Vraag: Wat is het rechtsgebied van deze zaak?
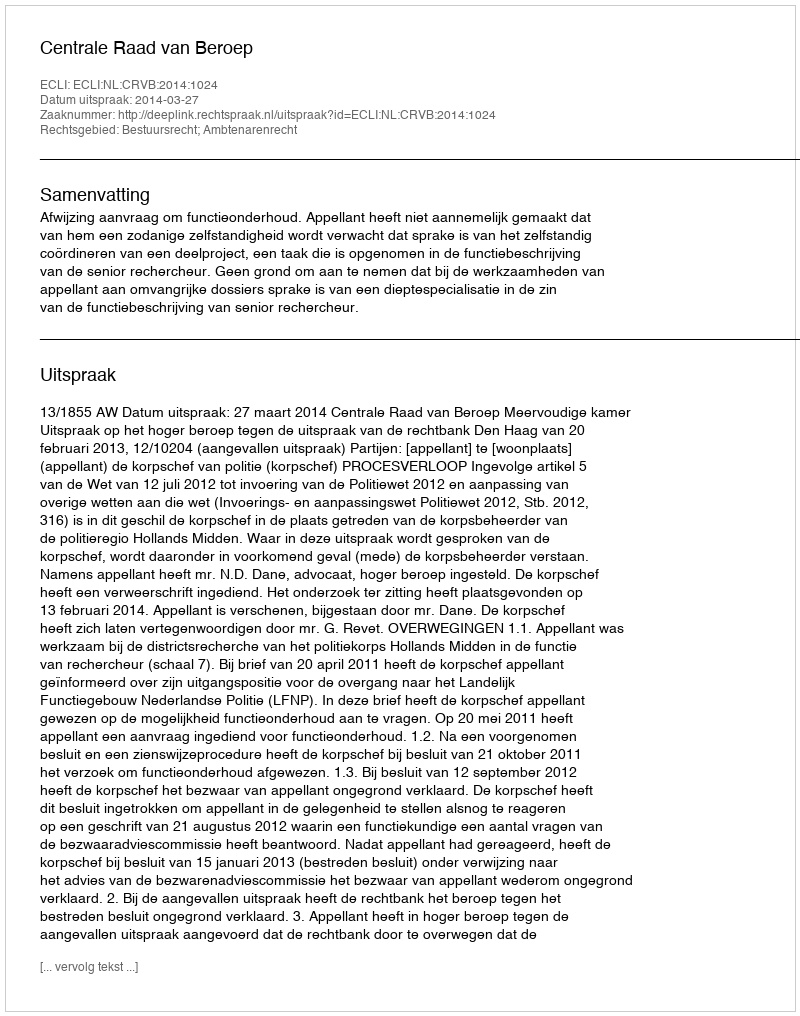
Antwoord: Bestuursrecht; Ambtenarenrecht